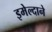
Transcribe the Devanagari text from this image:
इमेल्दाने